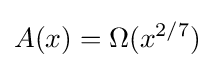
A(x)=\Omega (x^{2/7})